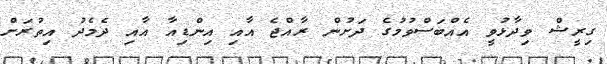
ގިރީޝް ވިދާޅުވީ އެއްބަސްވުމުގެ ދަށުން ރާއްޖެ އާއި އިންޑިއާ އާއި ދެމެދު އިތުރަށް